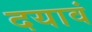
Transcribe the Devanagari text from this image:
दयावं